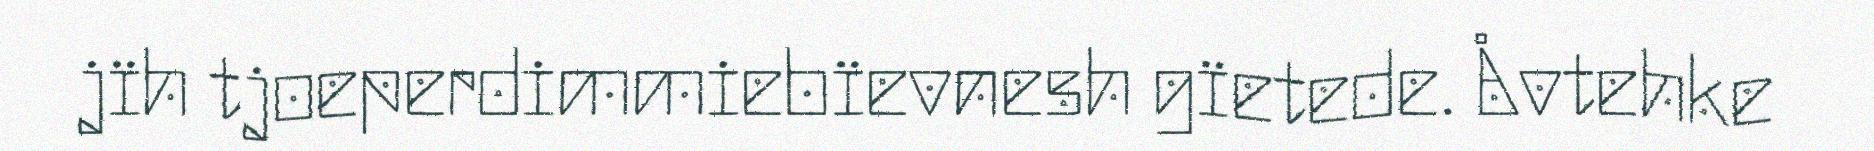
jïh tjoeperdimmiebïevnesh gïetede. Åvtehke